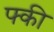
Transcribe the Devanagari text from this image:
फ्की